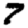
Digit: 7